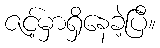
ဇင့်မှာရှိနေခဲ့ပြီ။